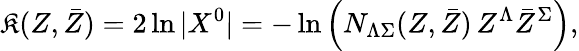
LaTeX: \mathfrak{K}(Z,\bar{{Z}})=2\ln|X^{0}|=-\ln\left(N_{\Lambda\Sigma}(Z,\bar{{Z}})\, Z^{\Lambda}\bar{{Z}}^{\Sigma}\right),